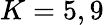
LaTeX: K=5,9